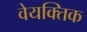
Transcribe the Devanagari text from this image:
वेयक्तिक